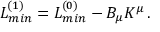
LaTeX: { \cal L } _ { m i n } ^ { ( 1 ) } = { \cal L } _ { m i n } ^ { ( 0 ) } - B _ { \mu } K ^ { \mu } \, .